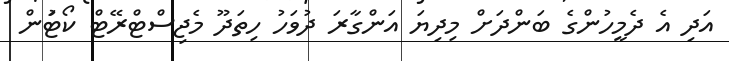
އަދި އެ ދެމީހުންގެ ބަންދަށް މިދިޔަ އަންގާރަ ދުވަހު ހިތަދޫ މެޖިސްޓްރޭޓް ކޯޓަުން